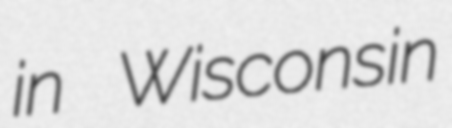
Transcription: in Wisconsin